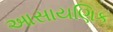
આસાયણિક